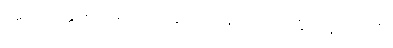
အရဟတ္တဖိုလ်မရလျှင် စကားမပြောဟု ဓိဋ္ဌာန်ကျင့်ပုံ။